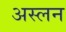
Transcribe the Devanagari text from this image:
अस्लन